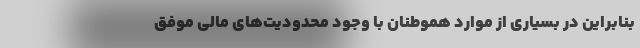
بنابراین در بسیاری از موارد هموطنان با وجود محدودیت‌های مالی موفق